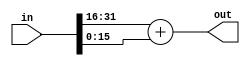

`timescale 1ns /1ns

module adder_tree2(in, out);

input signed [2 * 16 - 1 : 0] in;
output signed [1 * 16 - 1 : 0] out;

assign out = in[16 * (2*0 + 1) +: 16] + in[16 * (2*0) +: 16];

endmodule